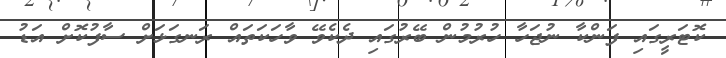
ކޮޓަރީގައި ފަންކާ ނުޖަހާ ހުރުމުން ބޭރުގައި ދެކެވޭ ވާހަކަތައް ރަނގަޅަށް ސާފުކޮށް އަޑު